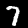
Digit: 7